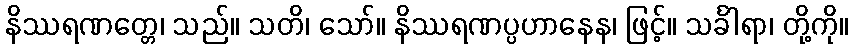
နိဿရဏတ္တေ၊ သည်။ သတိ၊ သော်။ နိဿရဏပ္ပဟာနေန၊ ဖြင့်။ သင်္ခါရာ၊ တို့ကို။